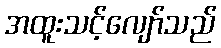
အထူးသင့်လျော်သည်